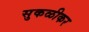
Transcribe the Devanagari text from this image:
सुकळीकर